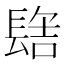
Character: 𰿑